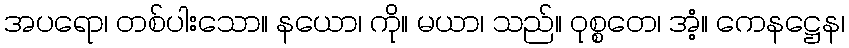
အပရော၊ တစ်ပါးသော။ နယော၊ ကို။ မယာ၊ သည်။ ဝုစ္စတေ၊ အံ့။ ကေနဋ္ဌေန၊